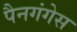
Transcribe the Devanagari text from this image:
पैनगंगेस